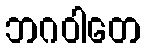
ဘဂဝါတေ